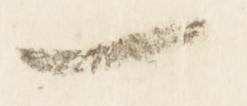
一